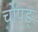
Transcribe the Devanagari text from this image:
चोपङ्